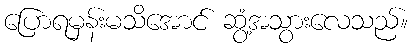
ပြောရမှန်းမသိအောင် ဆွံ့အသွားလေသည်။